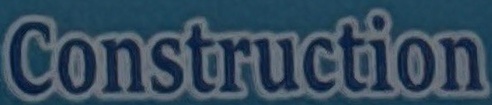
Construction